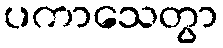
ပကာသေတွာ